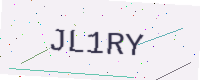
Text: JL1RY